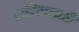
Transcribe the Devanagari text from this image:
शरिरासाठी